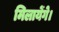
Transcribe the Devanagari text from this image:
मिलायेंगे।